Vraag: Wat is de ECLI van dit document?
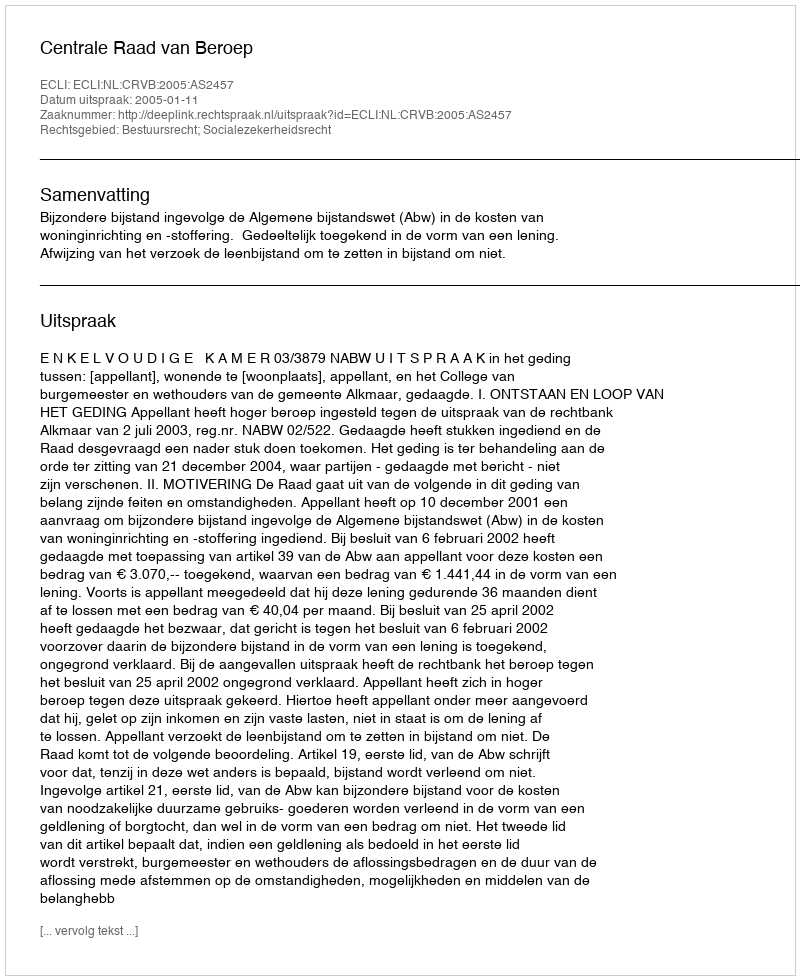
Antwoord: ECLI:NL:CRVB:2005:AS2457